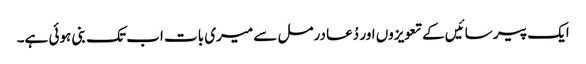
ایک پیر سائیں کے تعویزوں اور دُعا درمل سے میری بات اب تک بنی ہوئی ہے۔